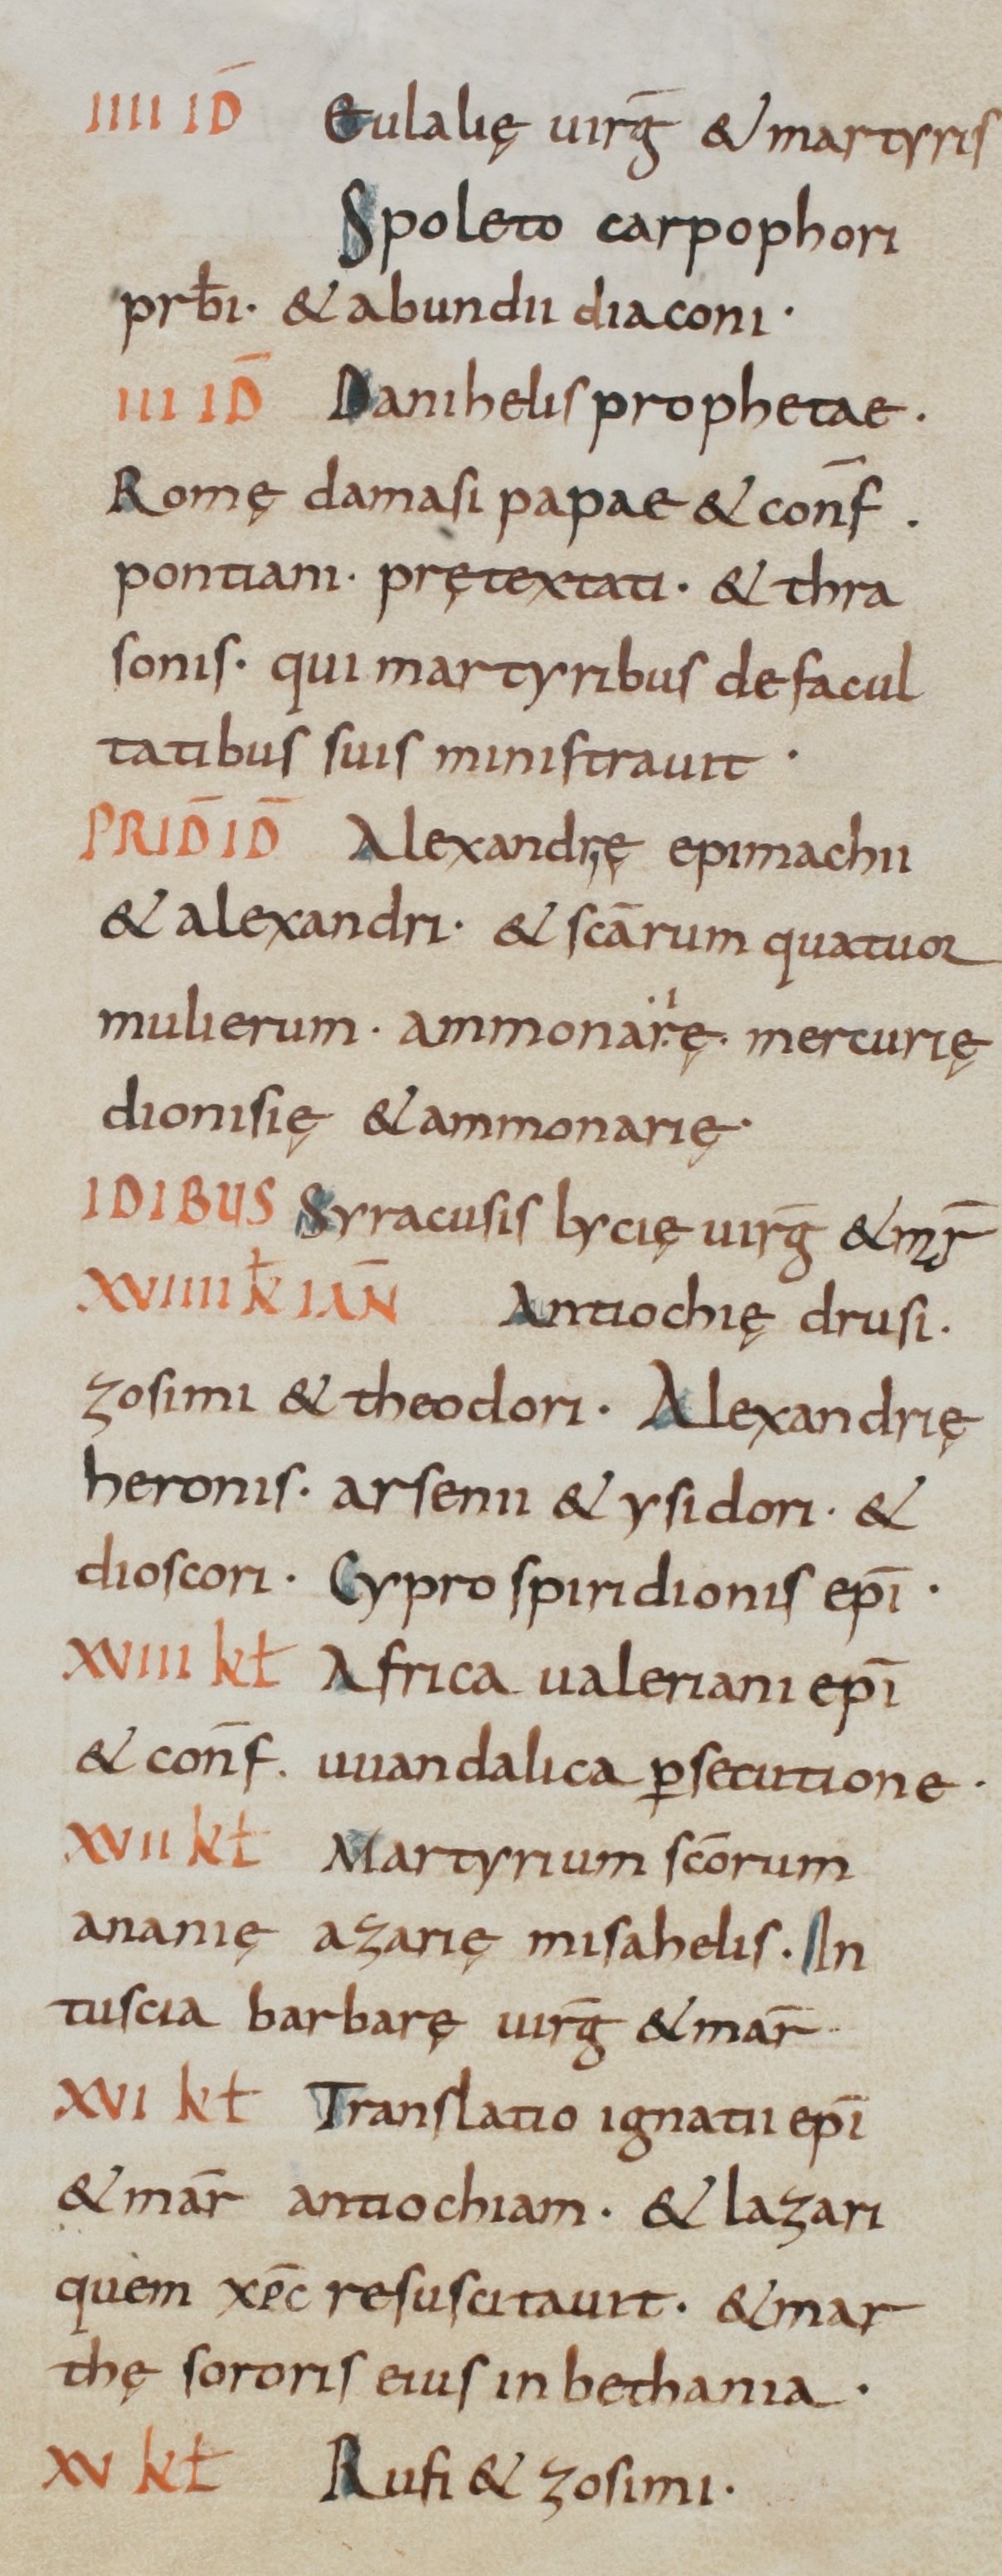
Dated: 800–949